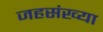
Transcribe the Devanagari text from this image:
जहसंख्या